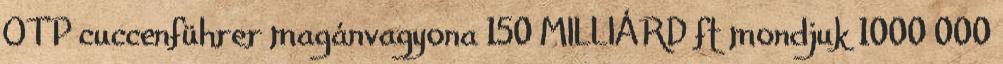
OTP cuccenführer magánvagyona 150 MILLIÁRD ft mondjuk 1000 000